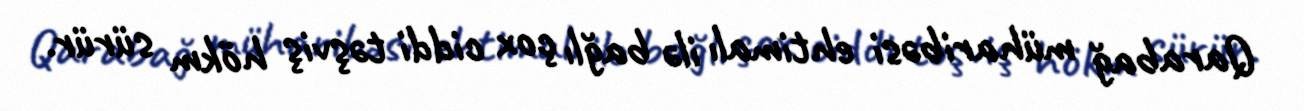
Qarabağ müharibəsi ehtimalı ilə bağlı çox ciddi təşviş hökm sürür.